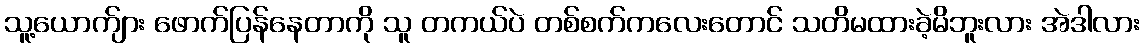
သူ့ယောက်ျား ဖောက်ပြန်နေတာကို သူ တကယ်ပဲ တစ်စက်ကလေးတောင် သတိမထားခဲ့မိဘူးလား အဲဒါလား